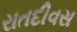
રાતદીવસ